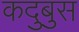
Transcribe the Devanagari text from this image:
कदुबुस